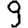
Digit: 9